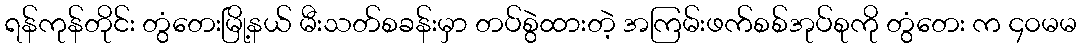
ရန်ကုန်တိုင်း တွံတေးမြို့နယ် မီးသတ်စခန်းမှာ တပ်စွဲထားတဲ့ အကြမ်းဖက်စစ်အုပ်စုကို တွံတေး က ၄၀မမ